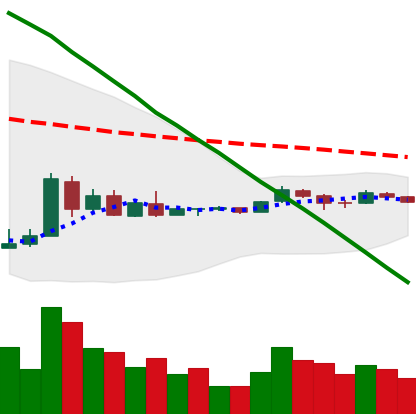
Ticker: XRP-USD
Chart end date: 2018-09-03
Forward return: -16.855%
Label: down_7plus